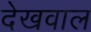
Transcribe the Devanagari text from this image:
देखवाल